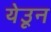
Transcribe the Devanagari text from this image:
येउून